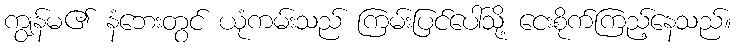
ကျွန်မ၏ နံဘေးတွင် ယုံကမ်းသည် ကြမ်းပြင်ပေါ်သို့ ငေးစိုက်ကြည့်နေသည်။